system: You are a helpful assistant.
user:
Analyze the provided spectrum to determine if it is a **M-type Giant (gM)**.

A M-type Giant spectrum is defined by its **strong molecular absorption** features, particularly from **Titanium Oxide (TiO)**. You must check for one of the following mutually exclusive signatures:

- **Key Visual Indicators (Absorption-Dominated Spectrum):**

    - **(Primary):** The spectrum is dominated by strong molecular absorption from **Titanium Oxide (TiO)**. This is the **defining feature** of its M-type temperature class.
        - **(Key Bandheads):** Look for sharp, "saw-tooth" absorption valleys. The strongest are located near **~7050 Å**, **~6160 Å**, and **~5170 Å**.
        - **(Line Profile):** The "saw-tooth" morphology is critical: a **sharp, steep drop on the BLUE (short-wavelength) side** of the bandhead, followed by a gradual recovery (rising flux) towards the RED (long-wavelength) side.

    - **(Key Confirmation - Giant vs. Dwarf):** **ABSENCE** of strong **Calcium Hydride (CaH)** molecular bands. This is the primary diagnostic for *excluding* M-dwarfs.
        - **(Key Region):** The spectrum should lack the strong, broad absorption band seen in dwarfs between **~6800 Å and ~7000 Å**.

    - **(Secondary Confirmation - Giant):** A very strong and broad **Neutral Calcium (Ca I)** atomic absorption line.
        - **(Key Line):** Located at **~4226 Å**. In a giant (gM), this line is significantly deeper and broader than the same line in an M-dwarf (dM) due to low surface gravity.

    - **(Overall Spectrum):**
        - The continuum is **extremely red-sloping** (i.e., flux is very low in the blue and rises dramatically towards the red).
        - The entire spectrum appears "chopped up" by the deep TiO bands.

Think first, call **spectral_visualization_tool** if needed to examine features in detail, then provide your final answer. Your response must adhere to the following strict rules:
1.  **Overall Structure:** Your response must follow the format `<think>...</think> <tool_call>...</tool_call> (if a tool is used) <answer>...</answer>`.
2.  **Tool Usage Constraint:** You may only make **one** tool call per turn.
3.  **Final Answer Format:** In the `<answer>` tag, your conclusion must be inside a `\boxed{}` command (e.g., `\boxed{YES}` or `\boxed{NO}`), followed by your justification.

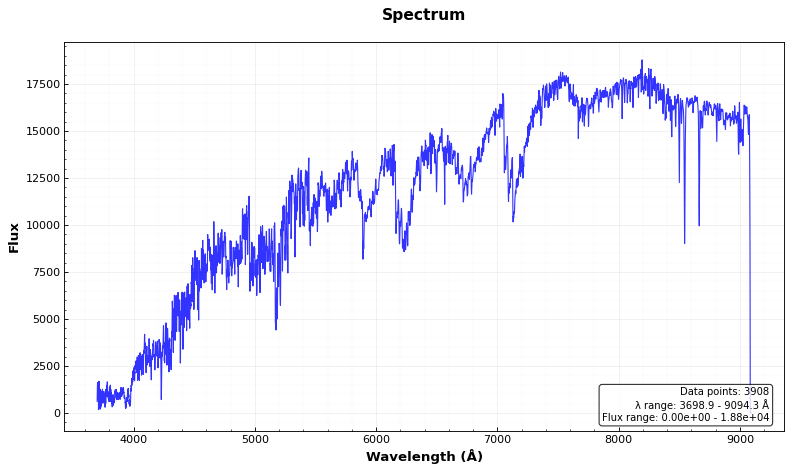
Answer: YES